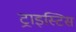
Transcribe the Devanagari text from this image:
ट्राइस्टिस